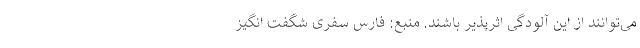
می‌توانند از این آلودگی اثرپذیر باشند. منبع: فارس سفری شگفت انگیز